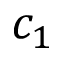
c _ { 1 }